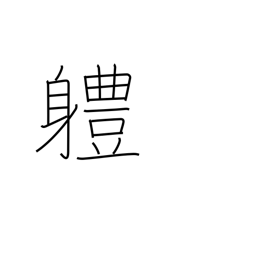
Meaning: unit